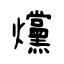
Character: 爣